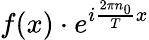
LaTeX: f(x)\cdot e^{i{\frac{2\pi n_{0}}{T}}x}